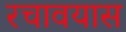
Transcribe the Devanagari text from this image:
रचावयास